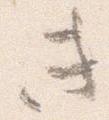
き